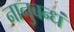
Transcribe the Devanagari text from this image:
नानुबन्धं